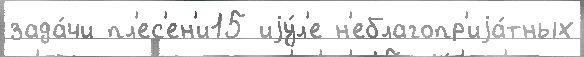
зада́чи пл'ес'ен'и15 иjу́л'е н'еблагопр'иjа́тных